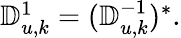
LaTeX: \begin{array}{r}{\mathbb{D}_{u,k}^{1}=(\mathbb{D}_{u,k}^{-1})^{*}.}\end{array}